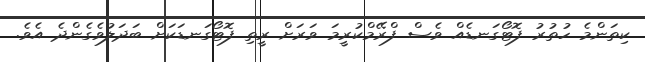
ކިތަންމެ ހުތުރު ފޮޓޯގަނޑެއް ވެސް ފްރޭމްކުރީމަ ވަރަށް ރީތި ފޮޓޯގަނޑަކަށް ބަދަލުވެގެންދެ އެވެ.